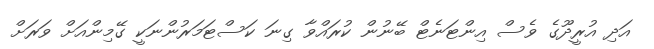
އަދި އުރީދޫގެ ވެސް އިންޓަނެޓް ބޭނުން ކުރައްވާ ގިނަ ކަސްޓަމަރުންނަކީ ގޭމިންއަށް ވަރަށް